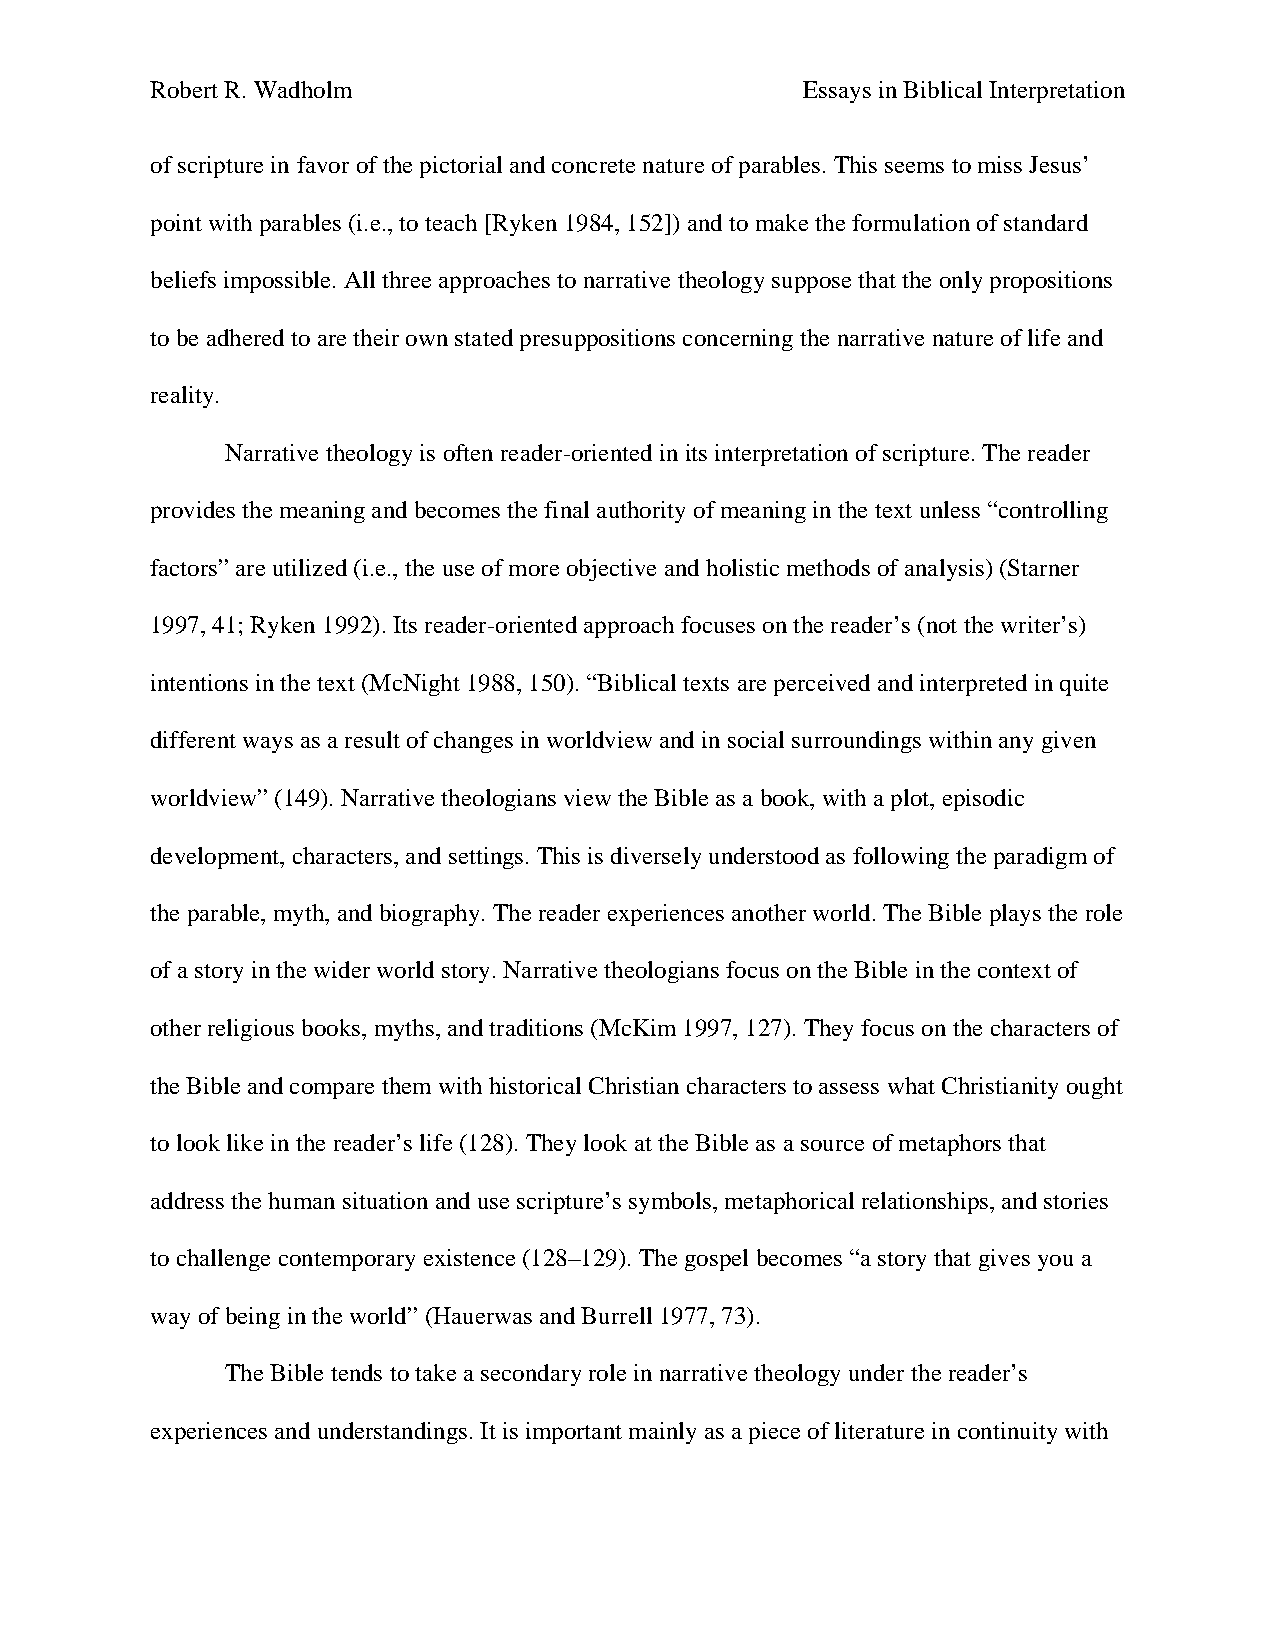
Robert R. Wadholm                          Essays in Biblical Interpretation
 of scripture in favor of the pictorial and concrete nature of parables. This seems to miss Jesus’
 point with parables (i.e., to teach [Ryken 1984, 152]) and to make the formulation of standard
 beliefs impossible. All three approaches to narrative theology suppose that the only propositions
 to be adhered to are their own stated presuppositions concerning the narrative nature of life and
 reality.
 Narrative theology is often reader-oriented in its interpretation of scripture. The reader
 provides the meaning and becomes the final authority of meaning in the text unless “controlling
 factors” are utilized (i.e., the use of more objective and holistic methods of analysis) (Starner
 1997, 41; Ryken 1992). Its reader-oriented approach focuses on the reader’s (not the writer’s)
 intentions in the text (McNight 1988, 150). “Biblical texts are perceived and interpreted in quite
 different ways as a result of changes in worldview and in social surroundings within any given
 worldview” (149). Narrative theologians view the Bible as a book, with a plot, episodic
 development, characters, and settings. This is diversely understood as following the paradigm of
 the parable, myth, and biography. The reader experiences another world. The Bible plays the role
 of a story in the wider world story. Narrative theologians focus on the Bible in the context of
 other religious books, myths, and traditions (McKim 1997, 127). They focus on the characters of
 the Bible and compare them with historical Christian characters to assess what Christianity ought
 to look like in the reader’s life (128). They look at the Bible as a source of metaphors that
 address the human situation and use scripture’s symbols, metaphorical relationships, and stories
 to challenge contemporary existence (128–129). The gospel becomes “a story that gives you a
 way of being in the world” (Hauerwas and Burrell 1977, 73).
 The Bible tends to take a secondary role in narrative theology under the reader’s
 experiences and understandings. It is important mainly as a piece of literature in continuity with